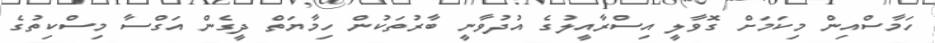
ހަމާސްއިން މިކަމަށް ގޮވާލީ އިސްރާއީލުގެ އުދުވާނީ ބާރުތަކުން ހިމާޔަތް ދީގެން އަގްސާ މިސްކިތުގެ